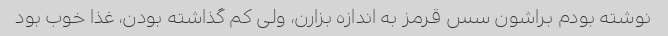
نوشته بودم براشون سس قرمز به اندازه بزارن، ولی کم گذاشته بودن، غذا خوب بود